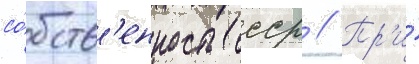
со́бств'енность ссср // Пр'и́